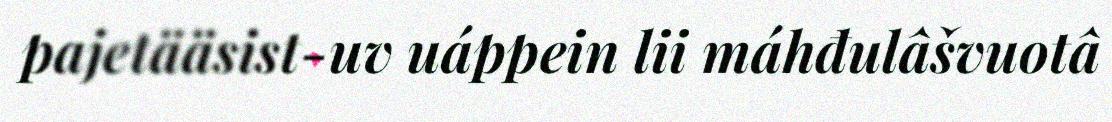
pajetääsist-uv uáppein lii máhđulâšvuotâ